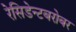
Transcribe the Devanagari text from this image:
रेसिडेन्टबरोबर